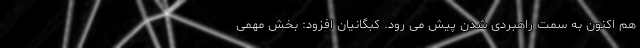
هم اکنون به سمت راهبردی شدن پیش می ‌رود. کبگانیان افزود: بخش مهمی